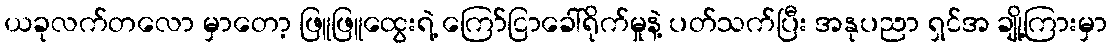
ယခုလက်တလော မှာတော့ ဖြူဖြူထွေးရဲ့ ကြော်ငြာခေါ်ရိုက်မှုနဲ့ ပတ်သက်ပြီး အနုပညာ ရှင်အ ချို့ကြားမှာ